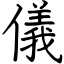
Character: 儀